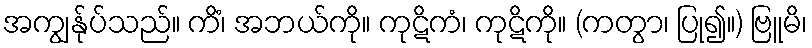
အကျွန်ုပ်သည်။ ကိံ၊ အဘယ်ကို။ ကုဋိကံ၊ ကုဋိကို။ (ကတွာ၊ ပြု၍။) ဗြူမိ၊